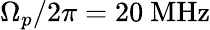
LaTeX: \Omega_{p}/2\pi=20~\mathrm{MHz}